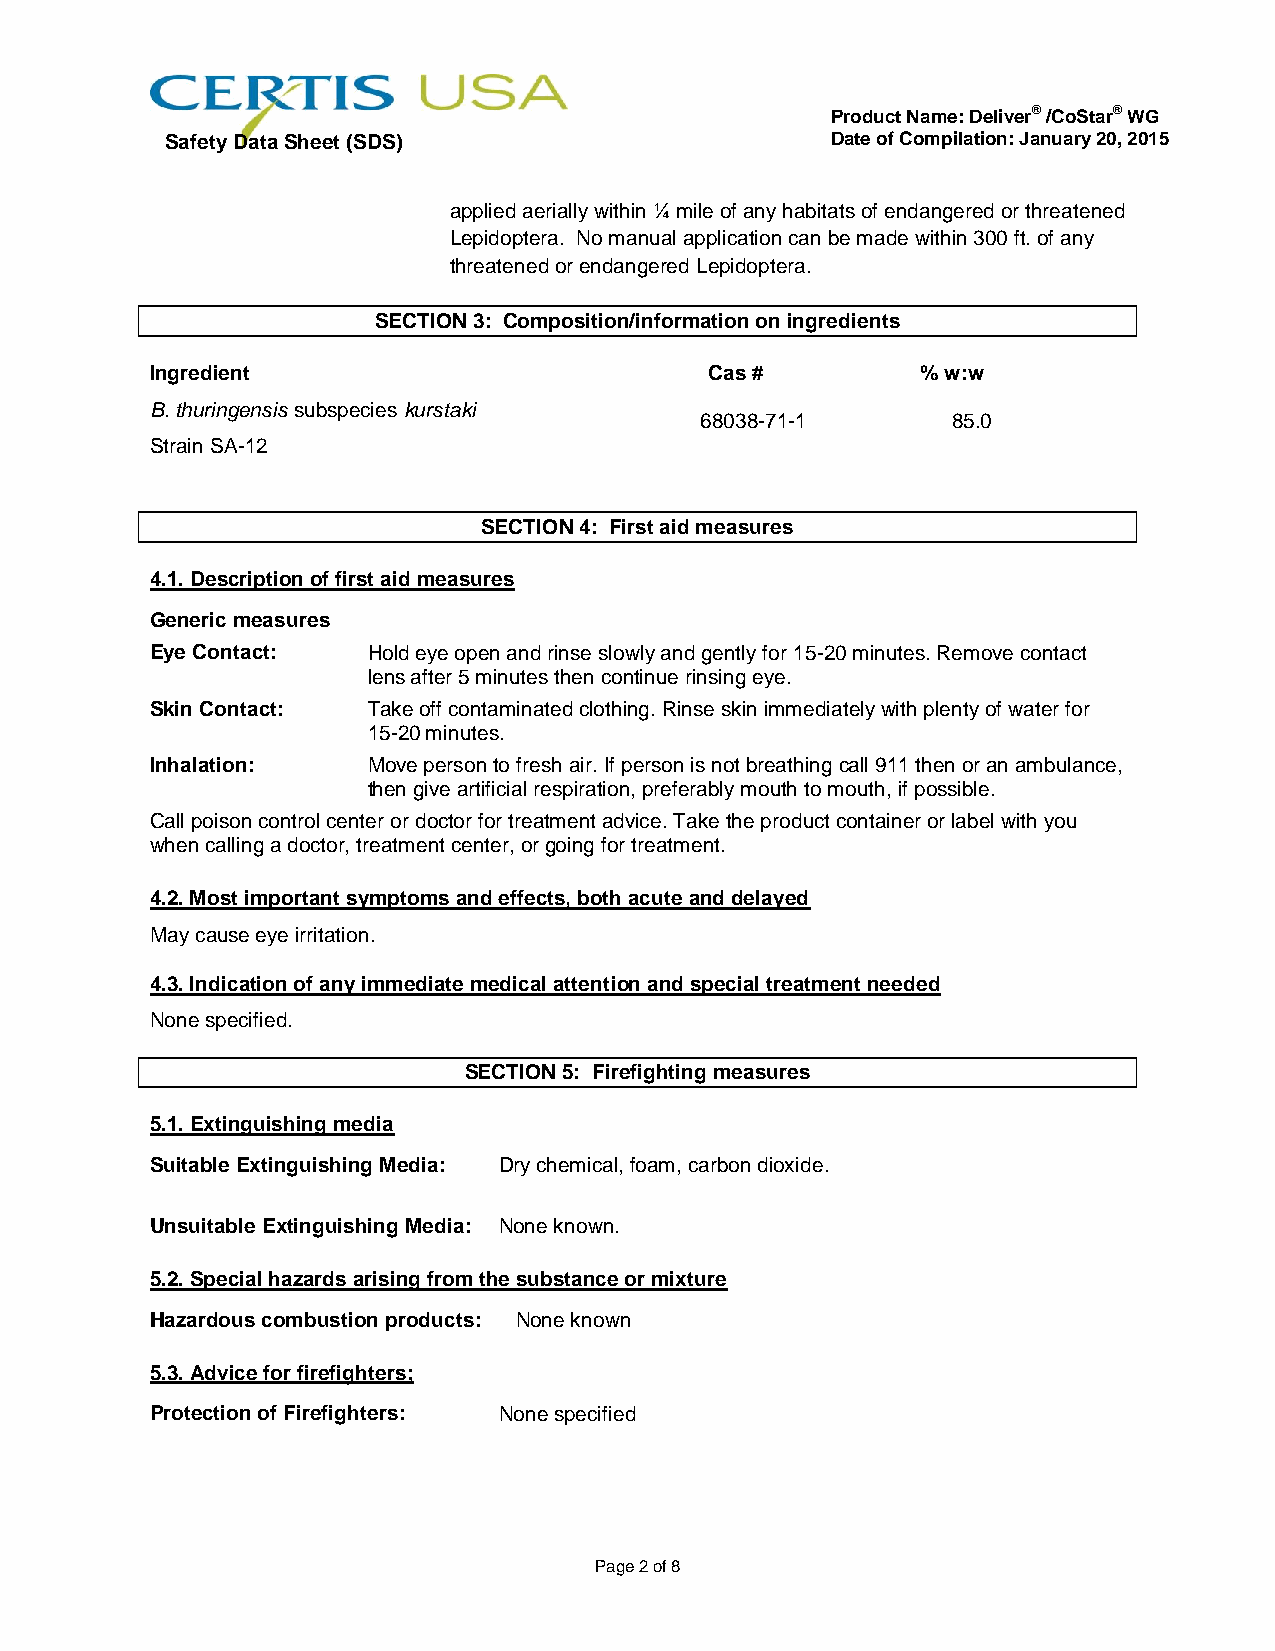
Product Name: Deliver® /CoStar® WG
 Safety Data Sheet (SDS)                     Date of Compilation: January 20, 2015
 applied aerially within ¼ mile of any habitats of endangered or threatened
 Lepidoptera. No manual application can be made within 300 ft. of any
 threatened or endangered Lepidoptera.
 SECTION 3: Composition/information on ingredients
 Ingredient                           Cas #         % w:w
 B. thuringensis subspecies kurstaki
 68038-71-1       85.0
 Strain SA-12
 SECTION 4: First aid measures
 4.1. Description of first aid measures
 Generic measures
 Eye Contact:  Hold eye open and rinse slowly and gently for 15-20 minutes. Remove contact
 lens after 5 minutes then continue rinsing eye.
 Skin Contact: Take off contaminated clothing. Rinse skin immediately with plenty of water for
 15-20 minutes.
 Inhalation:   Move person to fresh air. If person is not breathing call 911 then or an ambulance,
 then give artificial respiration, preferably mouth to mouth, if possible.
 Call poison control center or doctor for treatment advice. Take the product container or label with you
 when calling a doctor, treatment center, or going for treatment.
 4.2. Most important symptoms and effects, both acute and delayed
 May cause eye irritation.
 4.3. Indication of any immediate medical attention and special treatment needed
 None specified.
 SECTION 5: Firefighting measures
 5.1. Extinguishing media
 Suitable Extinguishing Media: Dry chemical, foam, carbon dioxide.
 Unsuitable Extinguishing Media: None known.
 5.2. Special hazards arising from the substance or mixture
 Hazardous combustion products: None known
 5.3. Advice for firefighters;
 Protection of Firefighters: None specified
 Page 2 of 8